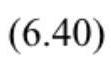
$(6.40)$